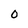
Character: 0